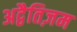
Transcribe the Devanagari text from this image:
अद्वैतिज़म